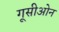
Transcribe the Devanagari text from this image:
गूसीओन